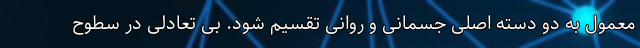
معمول به دو دسته اصلی جسمانی و روانی تقسیم شود. بی تعادلی در سطوح